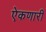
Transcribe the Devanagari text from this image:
ऐकणारी